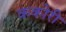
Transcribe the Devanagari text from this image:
ककोरी